Notes on vaccination in the North-West Frontier Province 1923-1928 - 1923-1928
Year: 1923
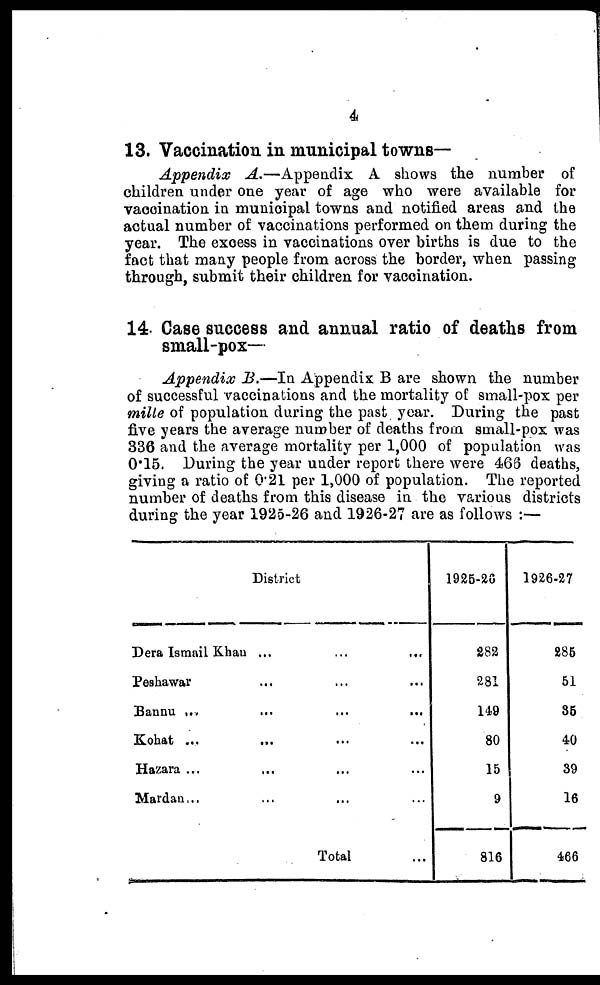
4
13. Vaccination in municipal towns—
Appendix A.—Appendix
A shows the number of
children under one year of age who were available for
vaccination in municipal towns and notified areas and the
actual number of vaccinations performed on them during the
year. The excess in vaccinations over births is due to the
fact that many people from across the border, when passing
through, submit their children for vaccination.
14. Case success and annual ratio of deaths from
small-pox—
Appendix B.—In Appendix B are shown the number
of successful vaccinations and the mortality of small-pox per
mille of population during the past year. During the past
five years the average number of deaths from small-pox was
336 and the average mortality per 1,000 of population was
0.15. During the year under report there were 466 deaths,
giving a ratio of 0.21 per 1,000 of population. The reported
number of deaths from this disease in the various districts
during the year 1925-26 and 1926-27 are as follows :—
District
Dera Ismail Khan ... ...
Peshawar ... ... ... ...
Bannu ... ... ... ...
Kohat ... ... ... ...
Hazara ... ... ... ...
Mardan ... ... ... ...
Total ...
1925-26
282
281
149
80
15
9
816
1926-27
285
51
35
40
39
16
466